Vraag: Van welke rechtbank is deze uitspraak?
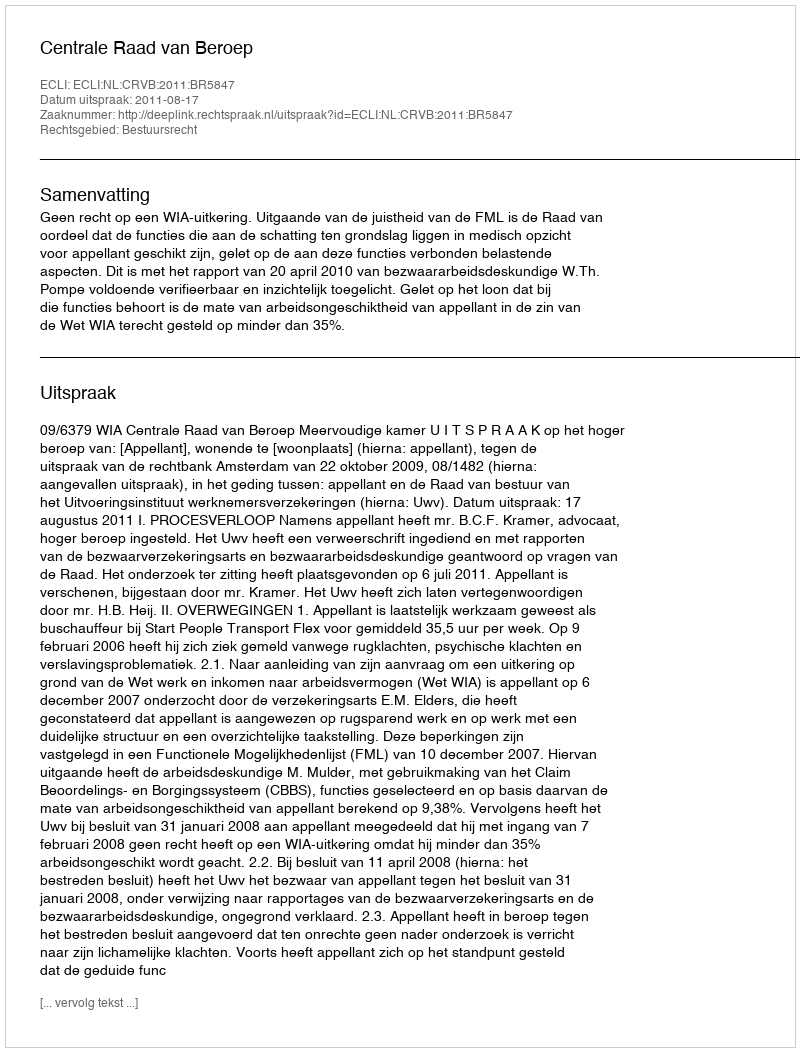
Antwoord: Centrale Raad van Beroep